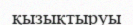
қызықтыруы